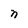
Character: n